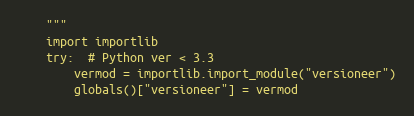
Language: Python
    """
    import importlib
    try:  # Python ver < 3.3
        vermod = importlib.import_module("versioneer")
        globals()["versioneer"] = vermod